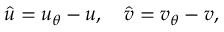
\hat { u } = u _ { \theta } - u , \quad \hat { v } = v _ { \theta } - v ,